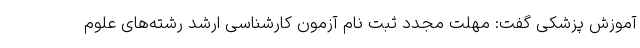
آموزش پزشکی گفت: مهلت مجدد ثبت نام آزمون کارشناسی ارشد رشته‌های علوم